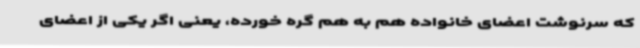
که سرنوشت اعضای خانواده هم به هم گره خورده، یعنی اگر یکی از اعضای